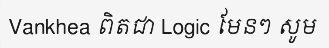
Vankhea ពិតជា Logic មែនៗ សូម